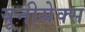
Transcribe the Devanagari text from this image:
यूनीसेक्स